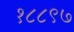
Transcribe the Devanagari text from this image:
१८८९७